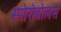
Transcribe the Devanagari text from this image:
स्पोरोबोलस